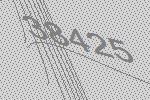
38425